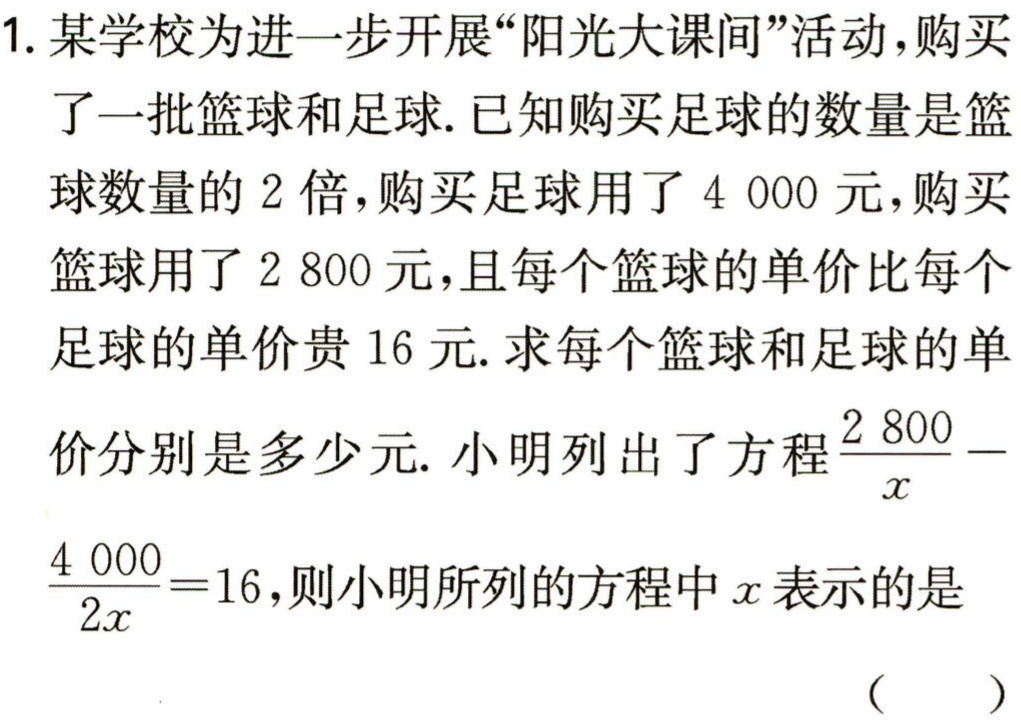
1. 某学校为进一步开展“阳光大课间”活动，购买了一批篮球和足球. 已知购买足球的数量是篮球数量的 2 倍，购买足球用了 4 000 元，购买篮球用了 2 800 元，且每个篮球的单价比每个足球的单价贵 16 元. 求每个篮球和足球的单价分别是多少元. 小明列出了方程$\frac{2 800}{x}- \frac{4 000}{2x}=16$，则小明所列的方程中$x$表示的是 （  ）